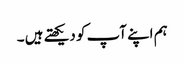
ہم اپنے آپ کو دیکھتے ہیں ۔